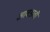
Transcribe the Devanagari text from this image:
आवडावी